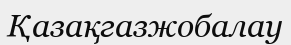
Қазақгазжобалау